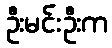
ဦးမင်းဦးက